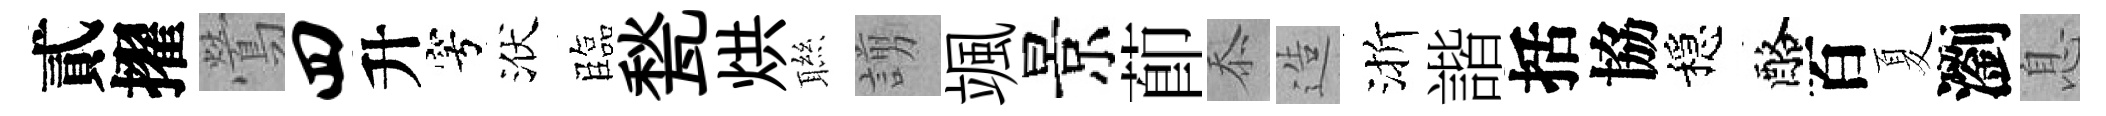
貳擢鶯四升穹洑臨甃烘聮謭颯景莭忝造渐諧括協穩酪百夏瀏息